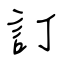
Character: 訂